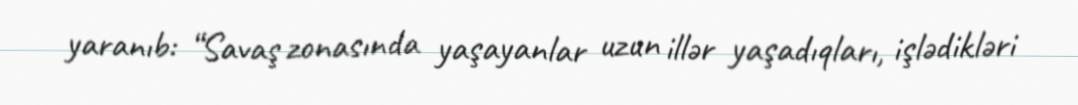
yaranıb: “Savaş zonasında yaşayanlar uzun illər yaşadıqları, işlədikləri